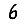
Digit: 6